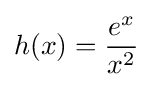
h(x)={\frac {e^{x}}{x^{2}}}